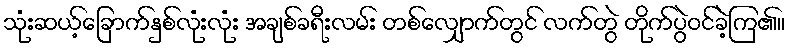
သုံးဆယ့်ခြောက်နှစ်လုံးလုံး အချစ်ခရီးလမ်း တစ်လျှောက်တွင် လက်တွဲ တိုက်ပွဲဝင်ခဲ့ကြ၏။